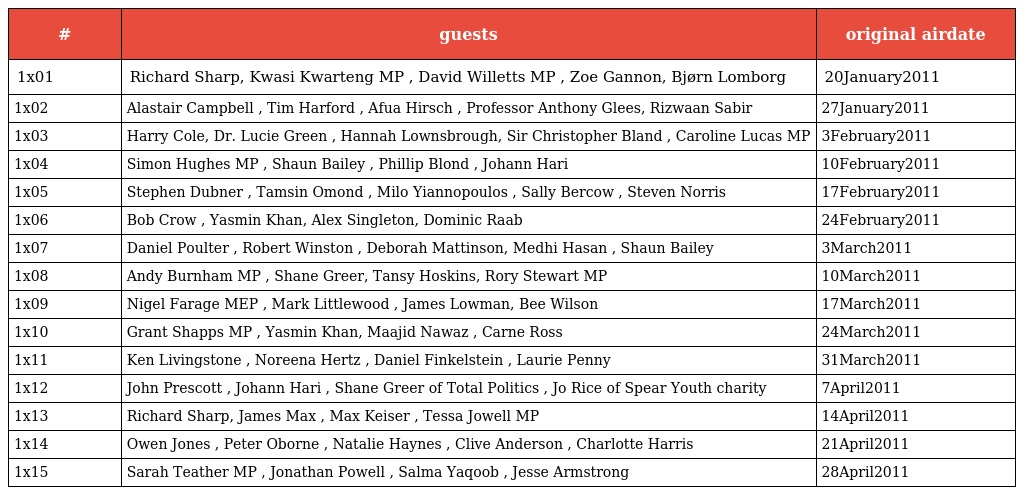
| # | guests | original airdate |
 | --- | --- | --- |
 | 1x01 | Richard Sharp, Kwasi Kwarteng MP , David Willetts MP , Zoe Gannon, Bjørn Lomborg | 20January2011 |
 | 1x02 | Alastair Campbell , Tim Harford , Afua Hirsch , Professor Anthony Glees, Rizwaan Sabir | 27January2011 |
 | 1x03 | Harry Cole, Dr. Lucie Green , Hannah Lownsbrough, Sir Christopher Bland , Caroline Lucas MP | 3February2011 |
 | 1x04 | Simon Hughes MP , Shaun Bailey , Phillip Blond , Johann Hari | 10February2011 |
 | 1x05 | Stephen Dubner , Tamsin Omond , Milo Yiannopoulos , Sally Bercow , Steven Norris | 17February2011 |
 | 1x06 | Bob Crow , Yasmin Khan, Alex Singleton, Dominic Raab | 24February2011 |
 | 1x07 | Daniel Poulter , Robert Winston , Deborah Mattinson, Medhi Hasan , Shaun Bailey | 3March2011 |
 | 1x08 | Andy Burnham MP , Shane Greer, Tansy Hoskins, Rory Stewart MP | 10March2011 |
 | 1x09 | Nigel Farage MEP , Mark Littlewood , James Lowman, Bee Wilson | 17March2011 |
 | 1x10 | Grant Shapps MP , Yasmin Khan, Maajid Nawaz , Carne Ross | 24March2011 |
 | 1x11 | Ken Livingstone , Noreena Hertz , Daniel Finkelstein , Laurie Penny | 31March2011 |
 | 1x12 | John Prescott , Johann Hari , Shane Greer of Total Politics , Jo Rice of Spear Youth charity | 7April2011 |
 | 1x13 | Richard Sharp, James Max , Max Keiser , Tessa Jowell MP | 14April2011 |
 | 1x14 | Owen Jones , Peter Oborne , Natalie Haynes , Clive Anderson , Charlotte Harris | 21April2011 |
 | 1x15 | Sarah Teather MP , Jonathan Powell , Salma Yaqoob , Jesse Armstrong | 28April2011 |